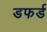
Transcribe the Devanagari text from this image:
डफर्ड